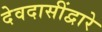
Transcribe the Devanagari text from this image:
देवदासींद्वारे